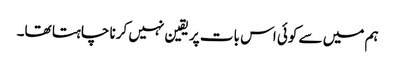
ہم میں سے کوئی اس بات پر یقین نہیں کرنا چاہتا تھا۔